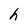
Character: h